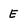
Character: E